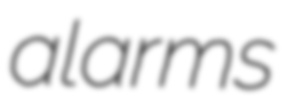
alarms